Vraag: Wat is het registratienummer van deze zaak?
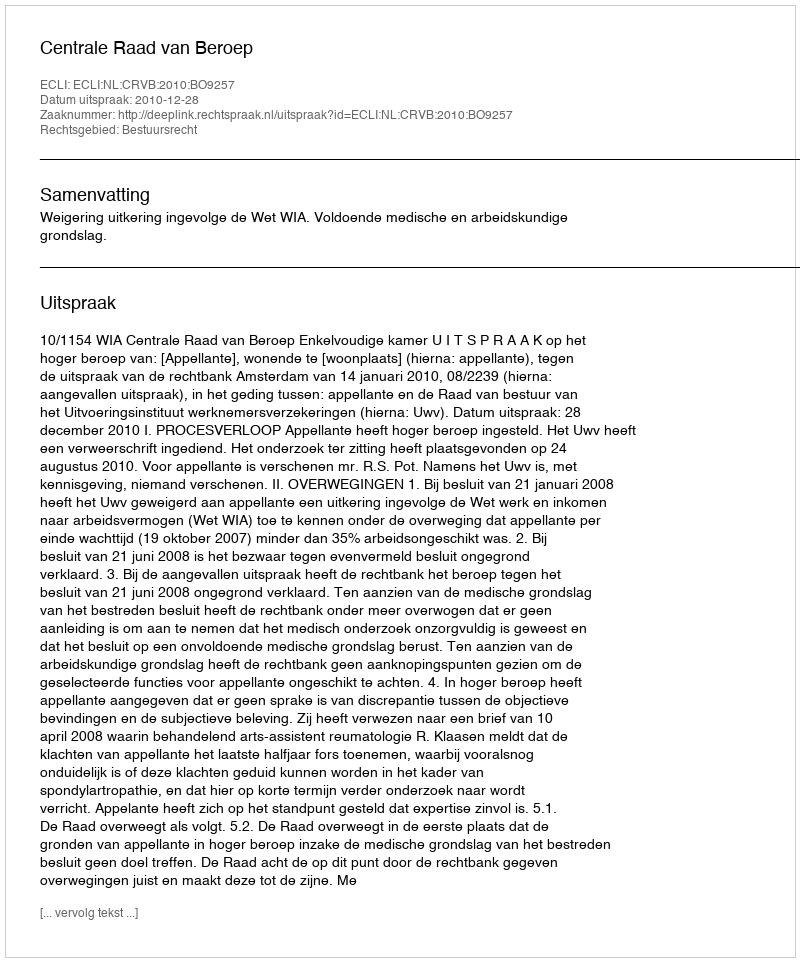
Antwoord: http://deeplink.rechtspraak.nl/uitspraak?id=ECLI:NL:CRVB:2010:BO9257